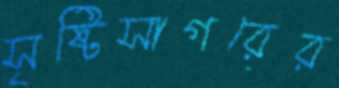
সৃষ্টিসাগরের